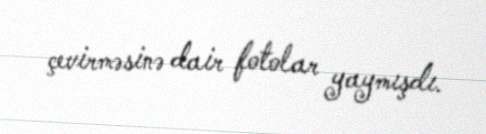
çevirməsinə dair fotolar yaymışdı.